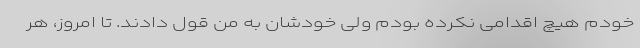
خودم هیچ اقدامی نکرده بودم ولی خودشان به من قول دادند. تا امروز، هر